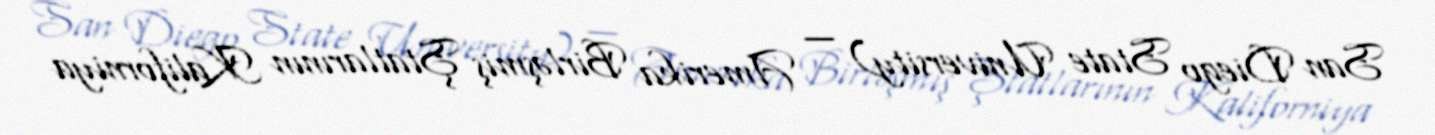
San Diego State University) — Amerika Birləşmiş Ştatlarının Kaliforniya